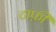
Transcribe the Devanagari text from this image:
टाफ़ी